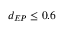
d _ { E P } \leq 0 . 6